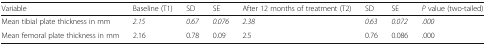
<table><thead><tr><td><b>Variable</b></td><td><b>Baseline (T1)</b></td><td><b>SD</b></td><td><b>SE</b></td><td><b>After 12 months of treatment (T2)</b></td><td><b>SD</b></td><td><b>SE</b></td><td><b><i>P</i> value (two-tailed)</b></td></tr></thead><tbody><tr><td>Mean tibial plate thickness in mm</td><td><i>2.15</i></td><td><i>0.67</i></td><td><i>0.076</i></td><td><i>2.38</i></td><td><i>0.63</i></td><td><i>0.072</i></td><td><i>.000</i></td></tr><tr><td>Mean femoral plate thickness in mm</td><td>2.16</td><td>0.78</td><td>0.09</td><td>2.5</td><td>0.76</td><td>0.086</td><td>.000</td></tr></tbody></table>